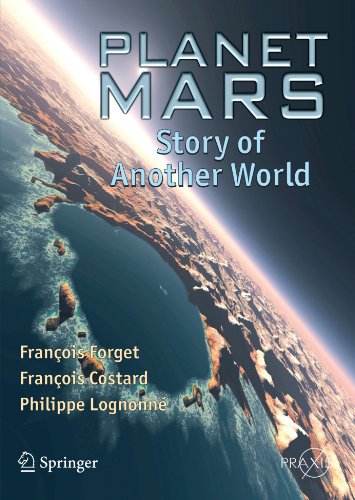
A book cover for Planet Mars: Story of Another World (Springer Praxis Books); FranÃ§ois Forget; Science & Math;